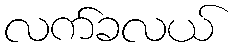
လက်ခလယ်